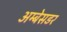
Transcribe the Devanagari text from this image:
अम्बेसडर